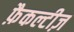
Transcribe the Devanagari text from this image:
फ़ैकल्टीज़